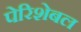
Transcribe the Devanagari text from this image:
पेरिशेबल